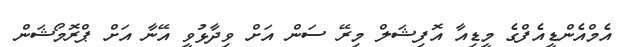
އެމްއެންޑީއެފްގެ މީޑިއާ އޮފިޝަލް މިރޭ ސަން އަށް ވިދާޅުވީ އޭނާ އަށް ޕްރޮމޯޝަން